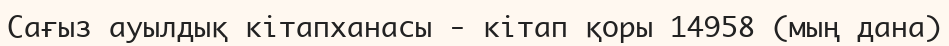
Сағыз ауылдық кітапханасы - кітап қоры 14958 (мың дана)